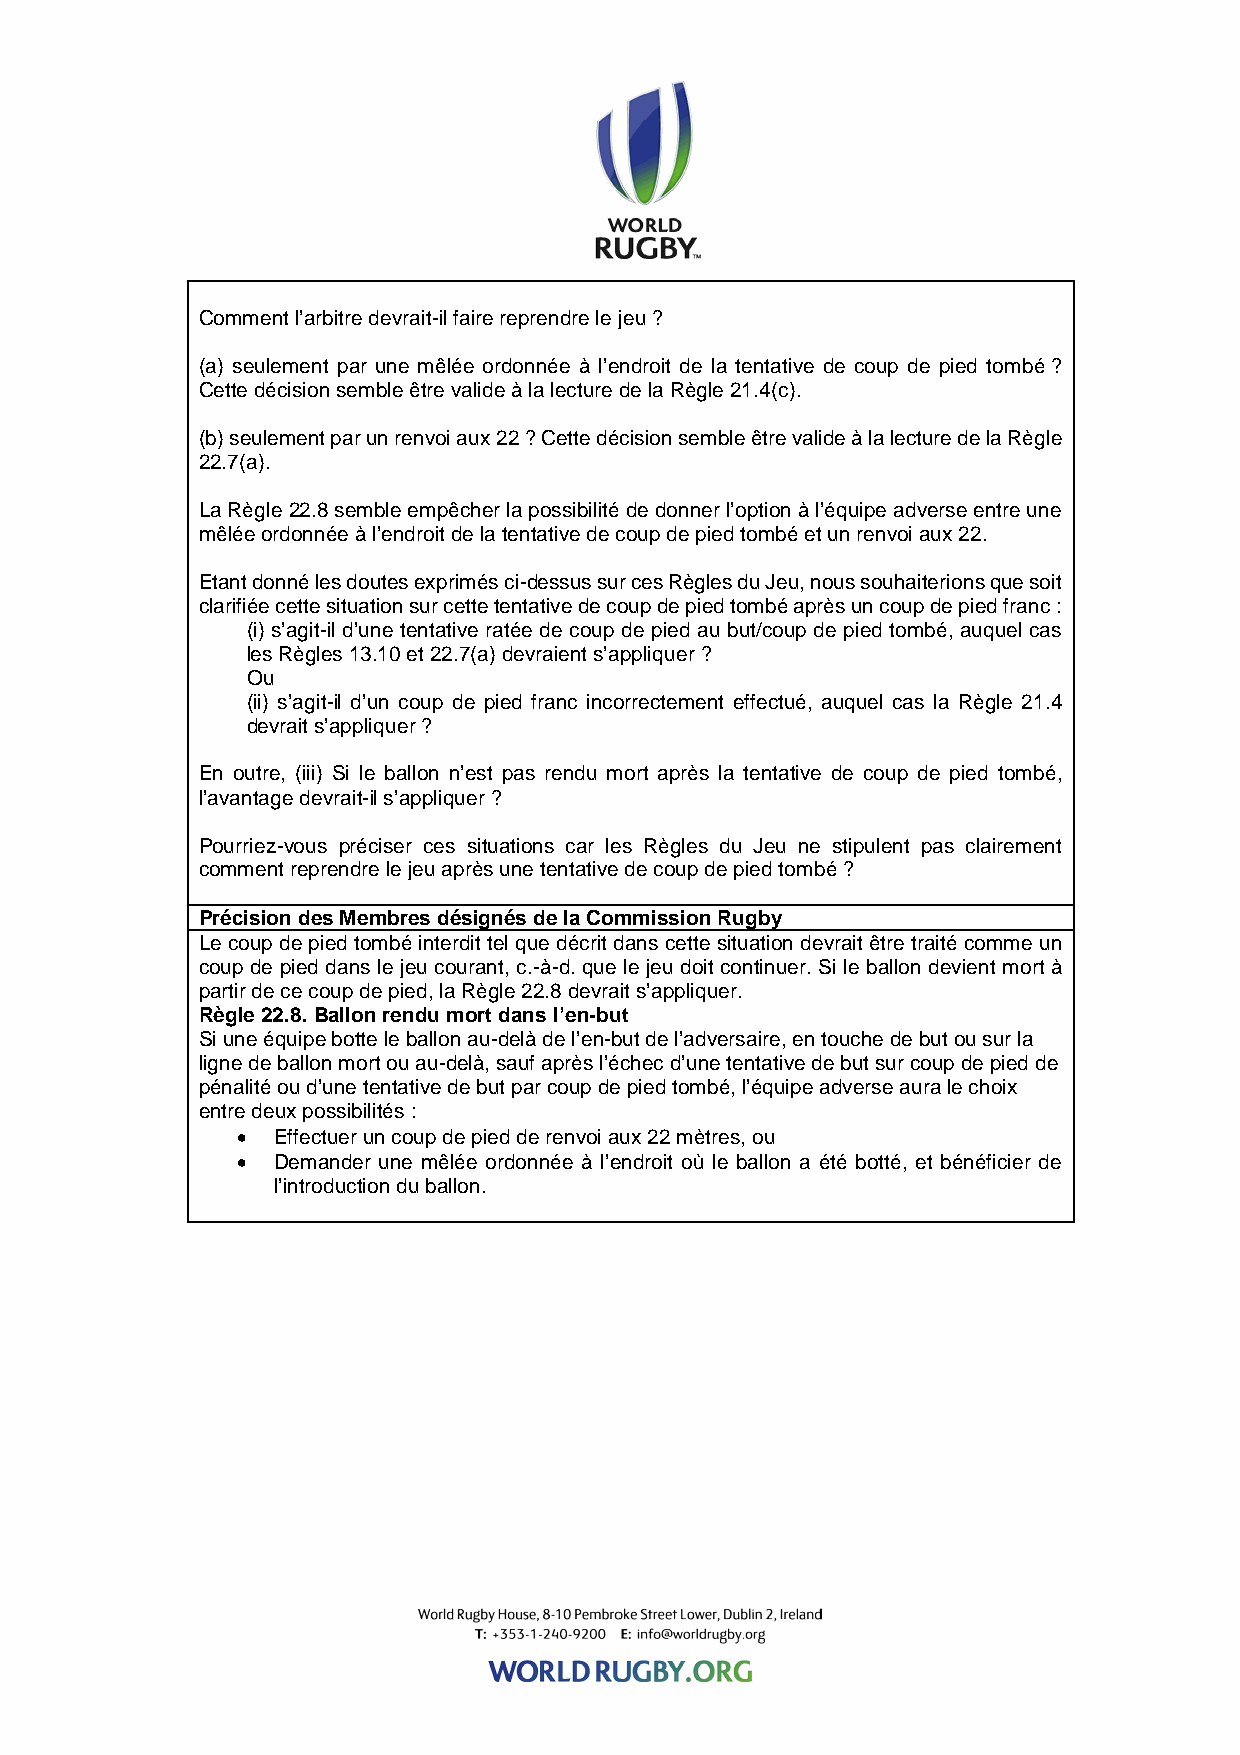
Comment l’arbitre devrait-il faire reprendre le jeu ?
 (a) seulement par une mêlée ordonnée à l’endroit de la tentative de coup de pied tombé ?
 Cette décision semble être valide à la lecture de la Règle 21.4(c).
 (b) seulement par un renvoi aux 22 ? Cette décision semble être valide à la lecture de la Règle
 22.7(a).
 La Règle 22.8 semble empêcher la possibilité de donner l’option à l’équipe adverse entre une
 mêlée ordonnée à l’endroit de la tentative de coup de pied tombé et un renvoi aux 22.
 Etant donné les doutes exprimés ci-dessus sur ces Règles du Jeu, nous souhaiterions que soit
 clarifiée cette situation sur cette tentative de coup de pied tombé après un coup de pied franc :
 (i) s’agit-il d’une tentative ratée de coup de pied au but/coup de pied tombé, auquel cas
 les Règles 13.10 et 22.7(a) devraient s’appliquer ?
 Ou
 (ii) s’agit-il d’un coup de pied franc incorrectement effectué, auquel cas la Règle 21.4
 devrait s’appliquer ?
 En outre, (iii) Si le ballon n’est pas rendu mort après la tentative de coup de pied tombé,
 l’avantage devrait-il s’appliquer ?
 Pourriez-vous préciser ces situations car les Règles du Jeu ne stipulent pas clairement
 comment reprendre le jeu après une tentative de coup de pied tombé ?
 Précision des Membres désignés de la Commission Rugby
 Le coup de pied tombé interdit tel que décrit dans cette situation devrait être traité comme un
 coup de pied dans le jeu courant, c.-à-d. que le jeu doit continuer. Si le ballon devient mort à
 partir de ce coup de pied, la Règle 22.8 devrait s’appliquer.
 Règle 22.8. Ballon rendu mort dans l’en-but
 Si une équipe botte le ballon au-delà de l’en-but de l’adversaire, en touche de but ou sur la
 ligne de ballon mort ou au-delà, sauf après l’échec d’une tentative de but sur coup de pied de
 pénalité ou d’une tentative de but par coup de pied tombé, l’équipe adverse aura le choix
 entre deux possibilités :
 • Effectuer un coup de pied de renvoi aux 22 mètres, ou
 • Demander une mêlée ordonnée à l’endroit où le ballon a été botté, et bénéficier de
 l’introduction du ballon.